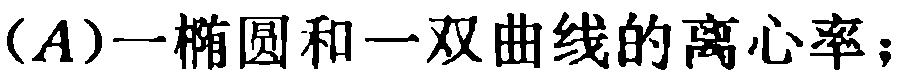
（A）一椭圆和一双曲线的离心率；